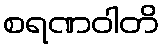
စရဏဝါတိ